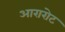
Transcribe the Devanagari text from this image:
आरारोट